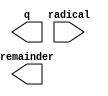
module SQRT (
	radical,
	q,
	remainder);

	input	[20:0]  radical;
	output	[10:0]  q;
	output	[11:0]  remainder;

endmodule